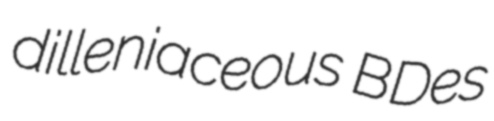
dilleniaceous BDes